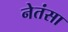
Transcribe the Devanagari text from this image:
नेतंसा